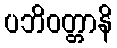
ပဘိဝတ္တာနိ